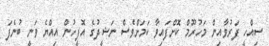
ސިއްހީ ފަރުވާއިން މަހުރޫމް ކޮށްފައިވާ ކަމަށްވެސް ނަޝީދުގެ އޮފީހުން އިއްޔެ ވަނީ ބުނެފަ